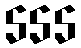
555